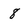
Character: 8